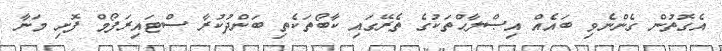
އެގޮތުން ގެންނެވި ބައެއް އިޞްލާޙްތަކުގެ ތެރޭގައި ކާބޯތަކެތި ބަންދުކުރާ ސްޓައިރަފޯމް ފޮށި މަނާ